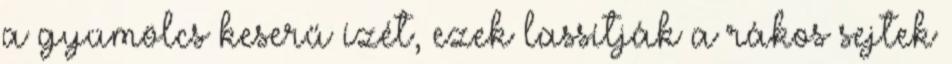
a gyümölcs keserű ízét, ezek lassítják a rákos sejtek